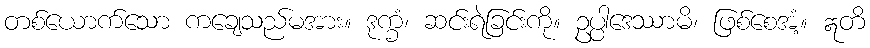
တစ်ယောက်သော ကချေသည်မအား။ ဒုက္ခံ၊ ဆင်းရဲခြင်းကို။ ဥပ္ပါဒေဿာမိ၊ ဖြစ်စေအံ့။ ဣတိ